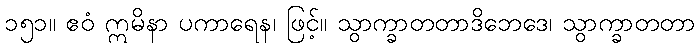
၁၅၁။ ဧဝံ ဣမိနာ ပကာရေန၊ ဖြင့်။ သွာက္ခာတတာဒိဘေဒေ၊ သွာက္ခာတတာ